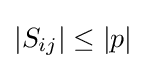
|S_{ij}|\leq |p|